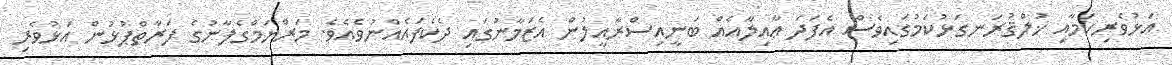
އަޅުވެރިކަމާއި ޚުލްޤުރަނގަޅުކަމުގައިވެސް އެފަދަ ޢާއިލާއެއް ބަނީއިސްރާއީލުން އެޒަމާނުގައި ދެކެފައެއްނުވެއެވެ. މަރްޔަމްގެފާނުގެ ފަރާތްޕުޅުން އަޅުވެރި